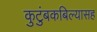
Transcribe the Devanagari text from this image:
कुटुंबकबिल्यासह